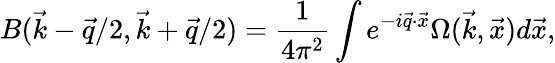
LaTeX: B(\vec{k}-\vec{q}/2,\vec{k}+\vec{q}/2)=\frac{1}{4\pi^{2}}\int e^{-i\vec{q}\cdot\vec{x}}\Omega(\vec{k},\vec{x})d\vec{x},